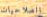
الصلاحيات